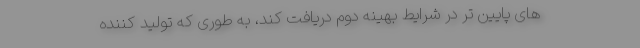
های پایین تر در شرایط بهینه دوم دریافت کند، به طوری که تولید کننده